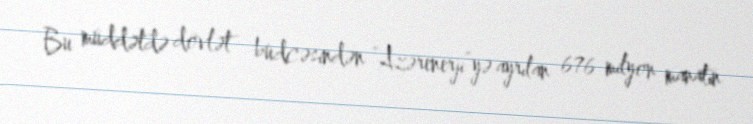
Bu müddətdə dövlət büdcəsindən “Azərenerji”yə ayrılan 676 milyon manatın